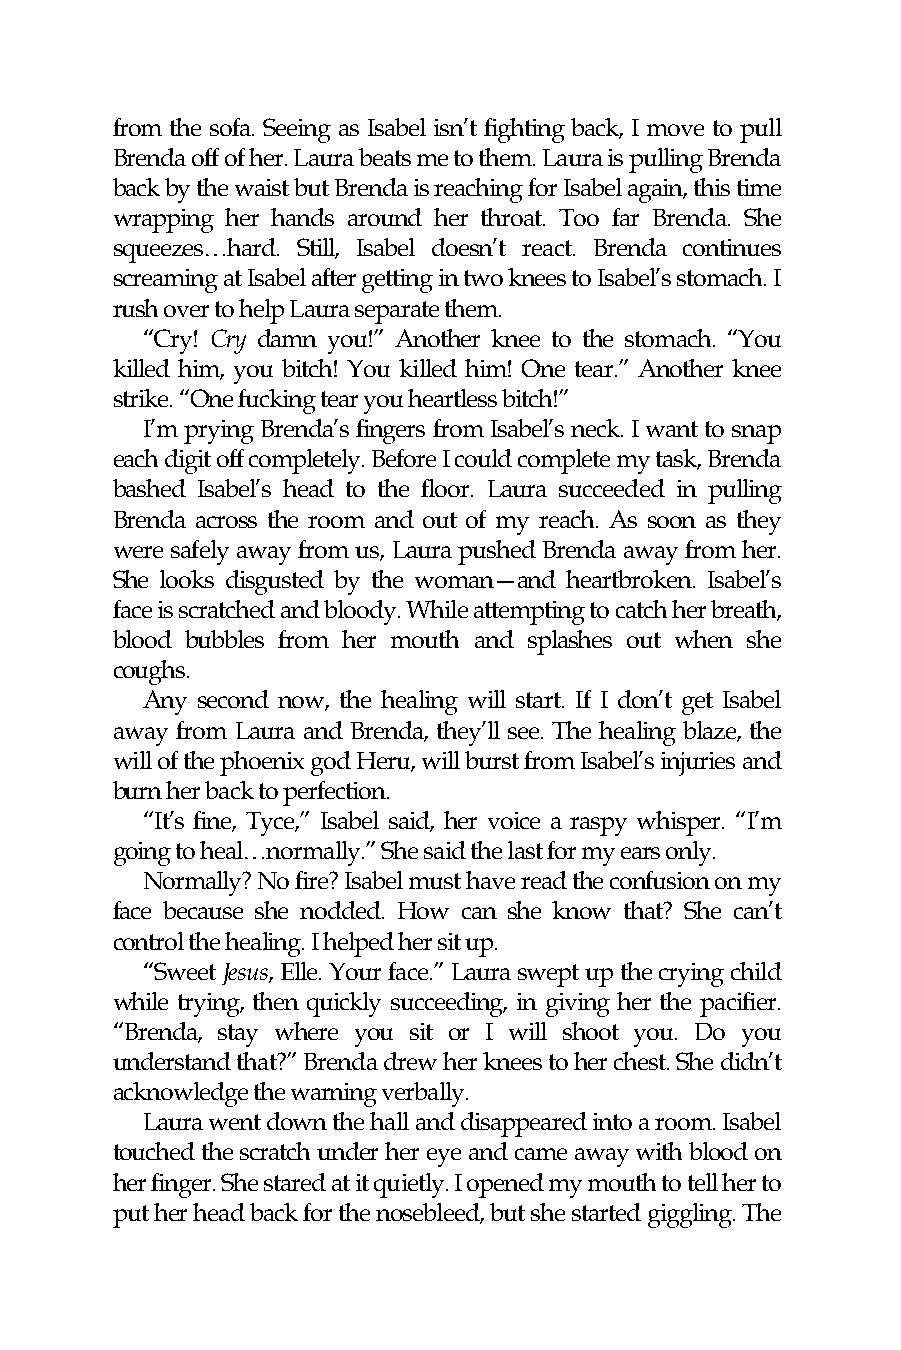
from the sofa. Seeing as Isabel isn’t fighting back, I move to pull
 Brenda off of her. Laura beats me to them. Laura is pulling Brenda
 back by the waist but Brenda is reaching for Isabel again, this time
 wrapping her hands around her throat. Too far Brenda. She
 squeezes…hard. Still, Isabel doesn’t react. Brenda continues
 screaming at Isabel after getting in two knees to Isabel’s stomach. I
 rush over to help Laura separate them.
 “Cry! Cry damn you!” Another knee to the stomach. “You
 killed him, you bitch! You killed him! One tear.” Another knee
 strike. “One fucking tear you heartless bitch!”
 I’m prying Brenda’s fingers from Isabel’s neck. I want to snap
 each digit off completely. Before I could complete my task, Brenda
 bashed Isabel’s head to the floor. Laura succeeded in pulling
 Brenda across the room and out of my reach. As soon as they
 were safely away from us, Laura pushed Brenda away from her.
 She looks disgusted by the woman—and heartbroken. Isabel’s
 face is scratched and bloody. While attempting to catch her breath,
 blood bubbles from her mouth and splashes out when she
 coughs.
 Any second now, the healing will start. If I don’t get Isabel
 away from Laura and Brenda, they’ll see. The healing blaze, the
 will of the phoenix god Heru, will burst from Isabel’s injuries and
 burn her back to perfection.
 “It’s fine, Tyce,” Isabel said, her voice a raspy whisper. “I’m
 going to heal…normally.” She said the last for my ears only.
 Normally? No fire? Isabel must have read the confusion on my
 face because she nodded. How can she know that? She can’t
 control the healing. I helped her sit up.
 “Sweet Jesus, Elle. Your face.” Laura swept up the crying child
 while trying, then quickly succeeding, in giving her the pacifier.
 “Brenda, stay where you sit or I will shoot you. Do you
 understand that?” Brenda drew her knees to her chest. She didn’t
 acknowledge the warning verbally.
 Laura went down the hall and disappeared into a room. Isabel
 touched the scratch under her eye and came away with blood on
 her finger. She stared at it quietly. I opened my mouth to tell her to
 put her head back for the nosebleed, but she started giggling. The